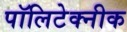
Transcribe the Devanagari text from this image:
पॉलिटेक्‍नीक